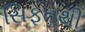
સિફતથી